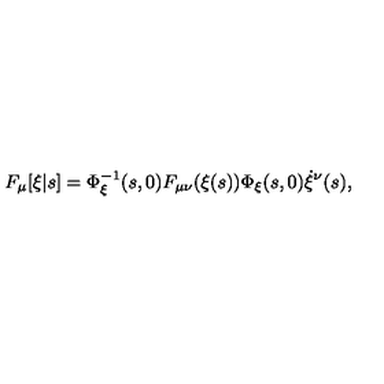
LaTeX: F _ { \mu } [ \xi | s ] = \Phi _ { \xi } ^ { - 1 } ( s , 0 ) F _ { \mu \nu } ( \xi ( s ) ) \Phi _ { \xi } ( s , 0 ) \dot { \xi } ^ { \nu } ( s ) ,